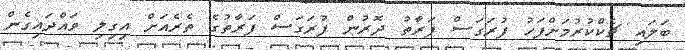
ބަލައި ޗެކްކުރުމަށްފަހު ފުރަގަސް ފަރާތު ދޮރުން ފުރަގަސް ފަރާތުގެ ތެރެއަށް އިގިލި ވައްދައިގެން